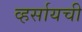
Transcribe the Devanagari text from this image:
व्हर्सायची